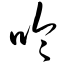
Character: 呤